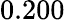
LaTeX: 0.200